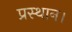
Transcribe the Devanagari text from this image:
प्रस्‍थान।